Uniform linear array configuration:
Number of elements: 4
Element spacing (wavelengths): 1
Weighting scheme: uniform
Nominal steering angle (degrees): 15
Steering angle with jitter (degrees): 14.904
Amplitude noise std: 0.05
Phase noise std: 0.05

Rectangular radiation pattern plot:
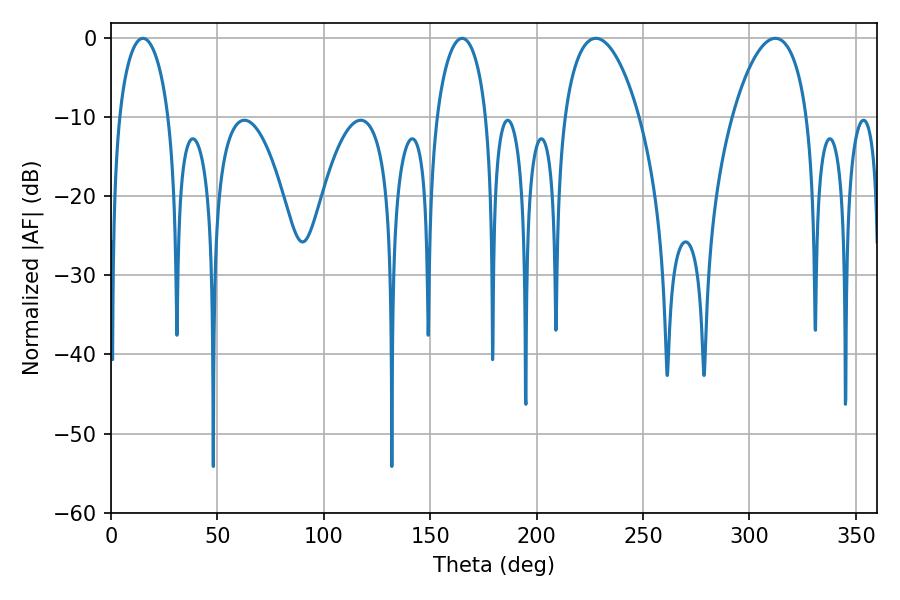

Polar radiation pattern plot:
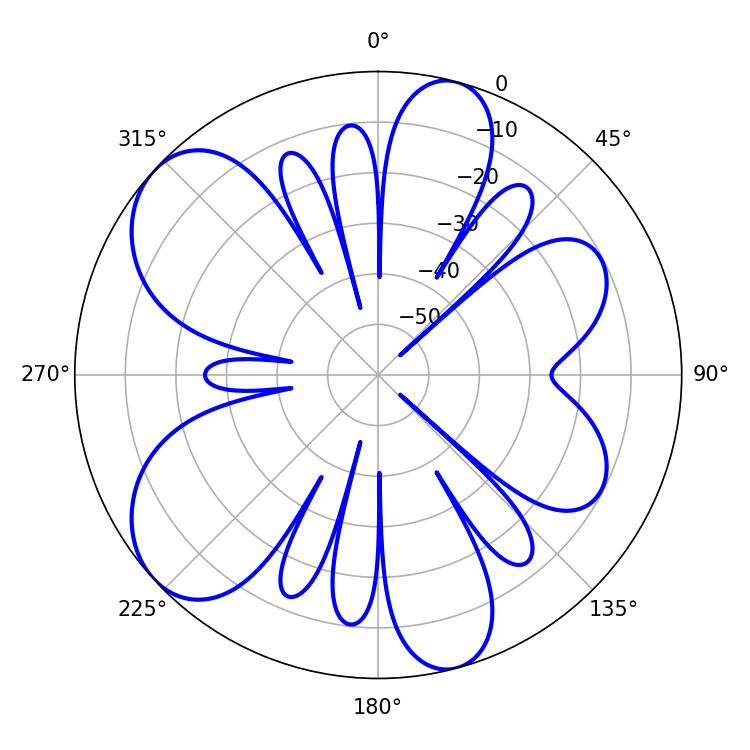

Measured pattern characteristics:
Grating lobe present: TRUE
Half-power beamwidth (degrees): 19.8
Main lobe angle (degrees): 227.88